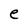
Character: e